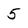
Character: 5